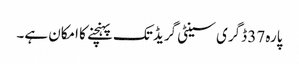
پارہ 37 ڈگری سینٹی گریڈ تک پہنچنے کا امکان ہے۔